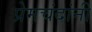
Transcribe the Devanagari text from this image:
प्रेमचंदांनी